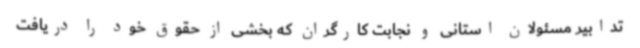
تدابیر مسئولان استانی و نجابت کارگران که بخشی از حقوق خود را دریافت